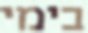
בימי